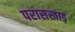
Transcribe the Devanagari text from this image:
परासखाड़